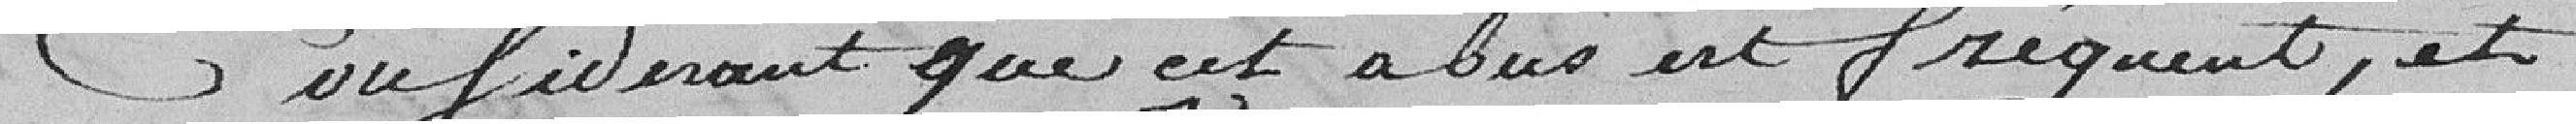
Considérant que cet abus est fréquent, et